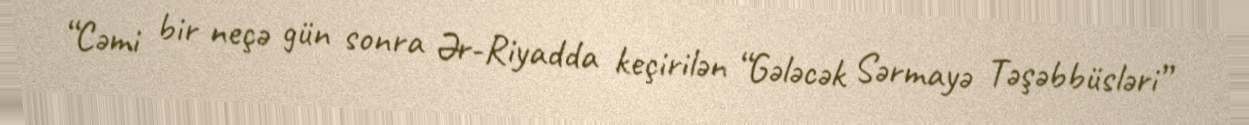
“Cəmi bir neçə gün sonra Ər-Riyadda keçirilən “Gələcək Sərmayə Təşəbbüsləri”